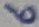
Text: 6